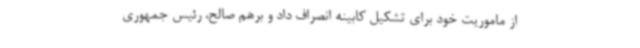
از ماموریت خود برای تشکیل کابینه انصراف داد و برهم صالح، رئیس جمهوری